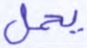
يحمل